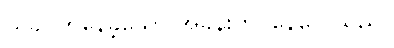
ယခင်ကနေခဲ့သော အခန်းတွင်နေလေသည်။